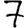
Digit: 7